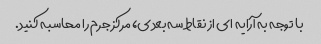
با توجه به آرایه ای از نقاط سه بعدی، مرکز جرم را محاسبه کنید.